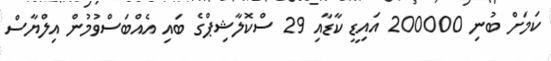
ކަމަށް ބުނި 200000 އައިޑީ ކާޑާއި 29 ސްކޮލާޝިޕްގެ ބައި އެއްބަސްވުމުން އިލްޔާސް